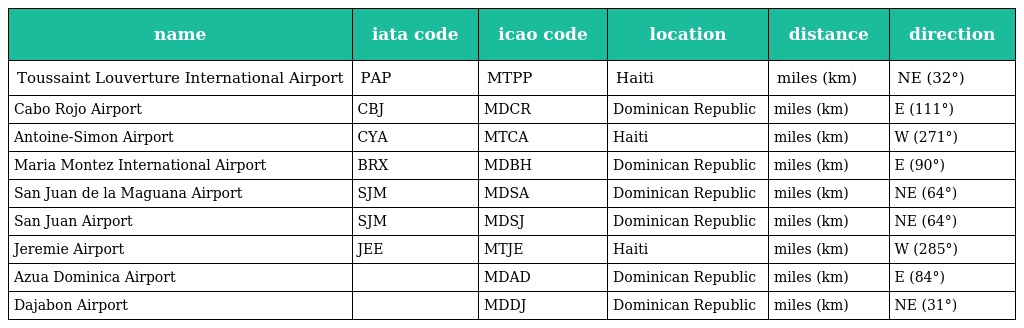
| name | iata code | icao code | location | distance | direction |
 | --- | --- | --- | --- | --- | --- |
 | Toussaint Louverture International Airport | PAP | MTPP | Haiti | miles (km) | NE (32°) |
 | Cabo Rojo Airport | CBJ | MDCR | Dominican Republic | miles (km) | E (111°) |
 | Antoine-Simon Airport | CYA | MTCA | Haiti | miles (km) | W (271°) |
 | Maria Montez International Airport | BRX | MDBH | Dominican Republic | miles (km) | E (90°) |
 | San Juan de la Maguana Airport | SJM | MDSA | Dominican Republic | miles (km) | NE (64°) |
 | San Juan Airport | SJM | MDSJ | Dominican Republic | miles (km) | NE (64°) |
 | Jeremie Airport | JEE | MTJE | Haiti | miles (km) | W (285°) |
 | Azua Dominica Airport |  | MDAD | Dominican Republic | miles (km) | E (84°) |
 | Dajabon Airport |  | MDDJ | Dominican Republic | miles (km) | NE (31°) |